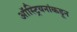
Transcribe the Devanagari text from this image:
ऑस्ट्रियनांकडून